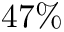
4 7 \%